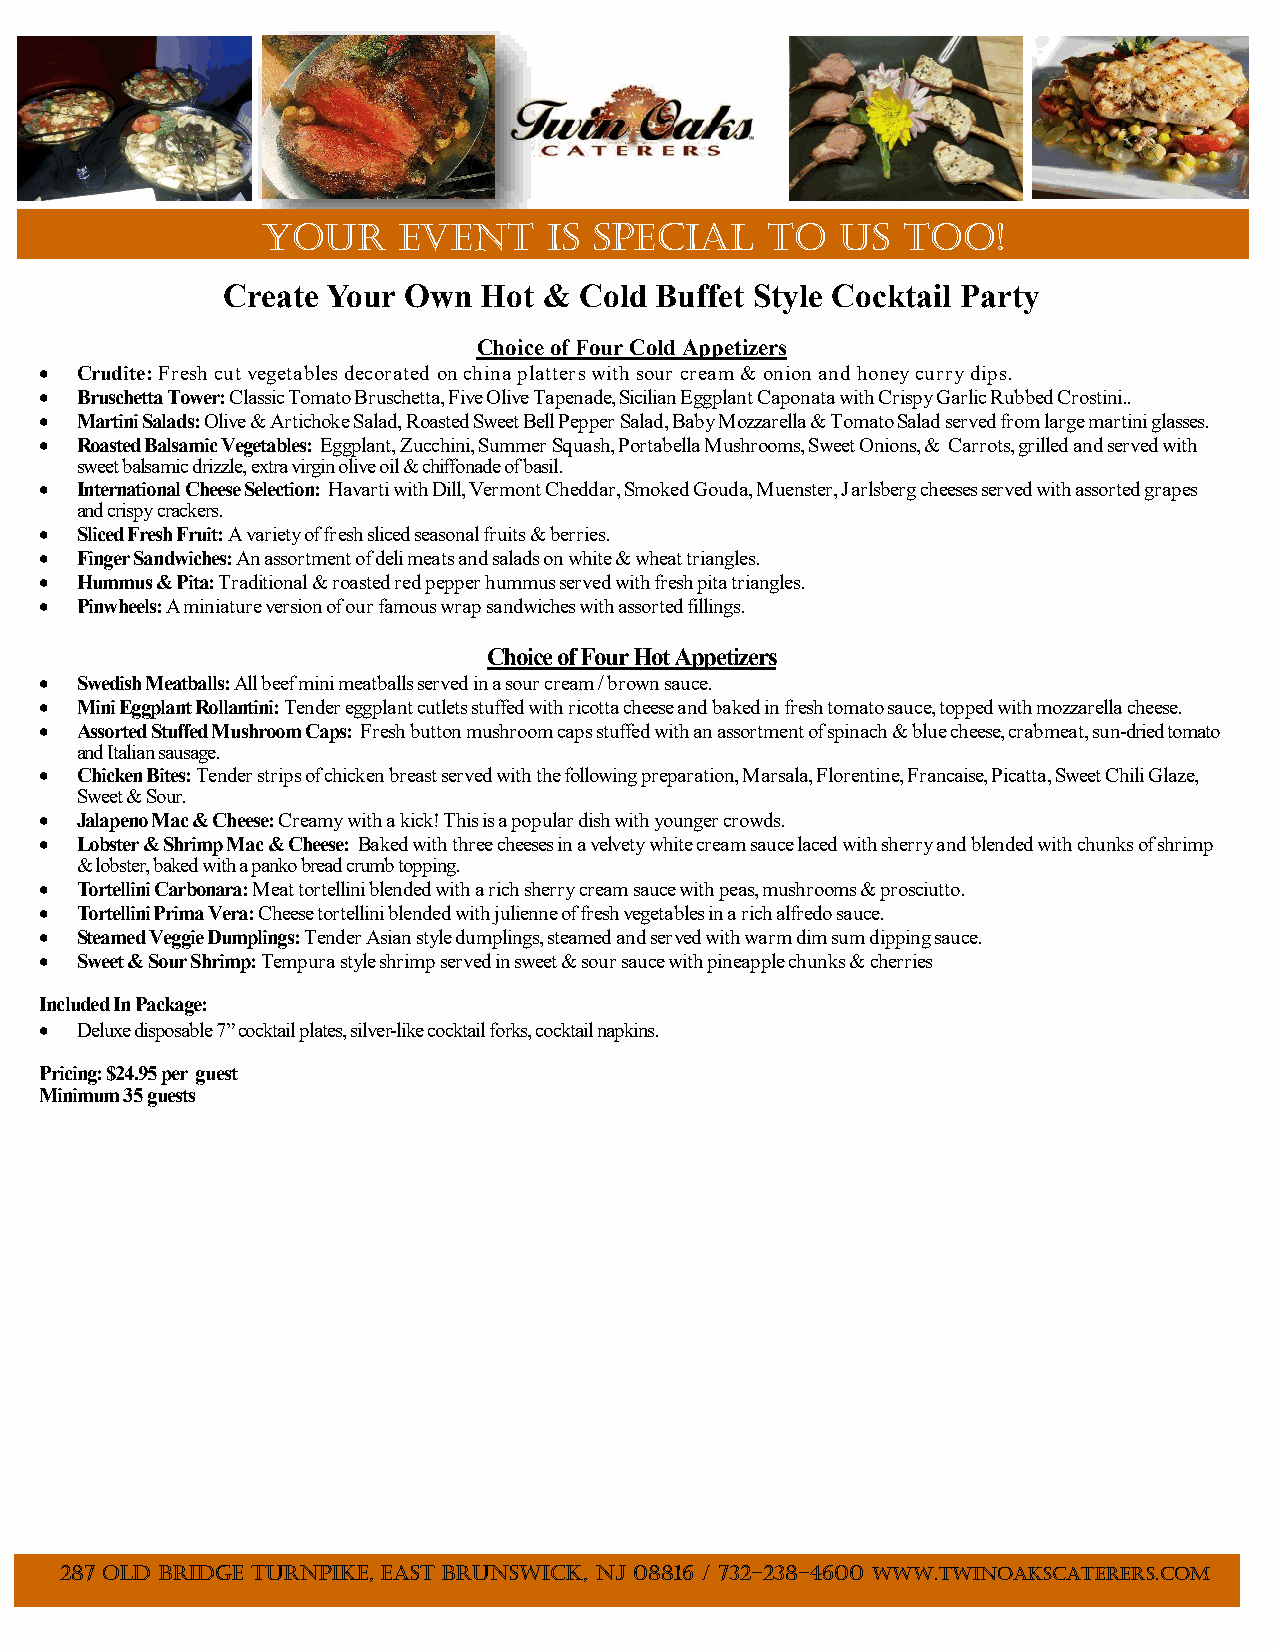
Your     Event     is special     to   us  too!
 Create Your Own  Hot & Cold Buffet Style Cocktail Party
 Choice of Four C old Appetizers
  Crudite: Fresh cut vegetables decorated on china platters with sour cream & onion and honey curry dips.
  Bruschetta Tower: Classic Tomato Bruschetta, Five Olive Tapenade, Sicilian Eggplant Caponata with Crispy Garlic Rubbed Crostini..
  Martini Salads: Olive & Artichoke Salad, Roasted Sweet Bell Pepper Salad, Baby Mozzarella & Tomato Salad served from large martini glasses.
  Roasted Balsamic Vegetables: Eggplant, Zucchini, Summer Squash, Portabella Mushrooms, Sweet Onions, & Carrots, grilled and served with
 sweet balsamic drizzle, extra virgin olive oil & chiffonade of basil.
  International Cheese Selection: Havarti with Dill, Vermont Cheddar, Smoked Gouda, Muenster, Jarlsberg cheeses served with assorted grapes
 and crispy crackers.
  Sliced Fresh Fruit: A variety of fresh sliced seasonal fruits & berries.
  Finger Sandwiches: An assortment of deli meats and salads on white & wheat triangles.
  Hummus & Pita: Traditional & roasted red pepper hummus served with fresh pita triangles.
  Pinwheels: A miniature version of our famous wrap sandwiches with assorted fillings.
 Choice of Four Hot Appetizers
  Swedish Meatballs: All beef mini meatballs served in a sour cream / brown sauce.
  Mini Eggplant Rollantini: Tender eggplant cutlets stuffed with ricotta cheese and baked in fresh tomato sauce, topped with mozzarella cheese.
  Assorted Stuffed Mushroom Caps: Fresh button mushroom caps stuffed with an assortment of spinach & blue cheese, crabmeat, sun-dried tomato
 and Italian sausage.
  Chicken Bites: Tender strips of chicken breast served with the following preparation, Marsala, Florentine, Francaise, Picatta, Sweet Chili Glaze,
 Sweet & Sour.
  Jalapeno Mac & Cheese: Creamy with a kick! This is a popular dish with younger crowds.
  Lobster & Shrimp Mac & Cheese: Baked with three cheeses in a velvety white cream sauce laced with sherry and blended with chunks of shrimp
 & lobster, baked with a panko bread crumb topping.
  Tortellini Carbonara: Meat tortellini blended with a rich sherry cream sauce with peas, mushrooms & prosciutto.
  Tortellini Prima Vera: Cheese tortellini blended with julienne of fresh vegetables in a rich alfredo sauce.
  Steamed Veggie Dumplings: Tender Asian style dumplings, steamed and served with warm dim sum dipping sauce.
  Sweet & Sour Shrimp: Tempura style shrimp served in sweet & sour sauce with pineapple chunks & cherries
 Included In Package:
  Deluxe disposable 7” cocktail plates, silver-like cocktail forks, cocktail napkins.
 Pricing: $24.95 per guest
 Minimum 35 guests
 287 Old Bridge Turnpike, East Brunswick, NJ 08816 / 732-238-4600 www.twinoakscaterers.com